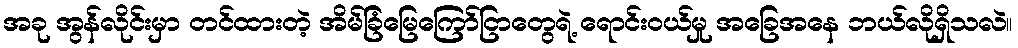
အခု အွန်လိုင်းမှာ တင်ထားတဲ့ အိမ်ခြံမြေကြော်ငြာတွေရဲ့ ရောင်းဝယ်မှု အခြေအနေ ဘယ်လိုရှိသလဲ။